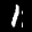
Label: 1